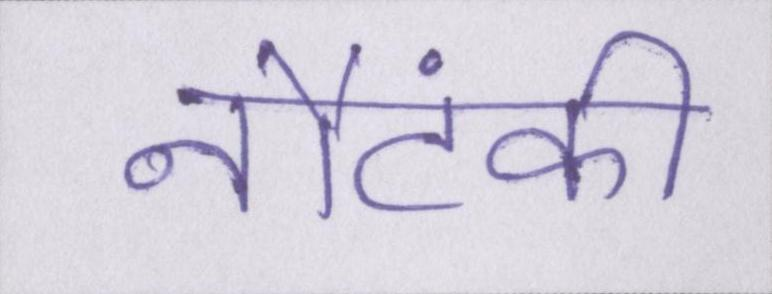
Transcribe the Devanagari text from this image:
नौटंकी